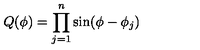
Q ( \phi ) = \prod _ { j = 1 } ^ { n } \sin ( \phi - \phi _ { j } )